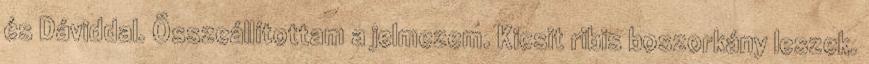
és Dáviddal. Összeállítottam a jelmezem. Kicsit ribis boszorkány leszek.